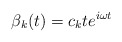
\begin{align*}\beta _k(t)=c_kte^{i\omega t} \end{align*}